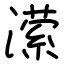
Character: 潆